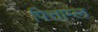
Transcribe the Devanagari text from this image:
पित्ताम्ल